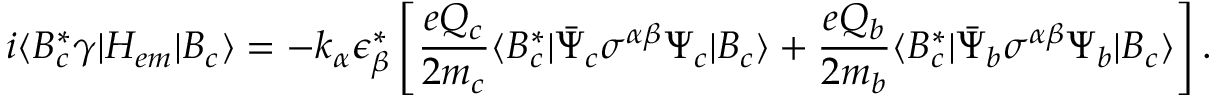
i \langle B _ { c } ^ { * } \gamma | H _ { e m } | B _ { c } \rangle = - k _ { \alpha } \epsilon _ { \beta } ^ { * } \left[ \frac { e Q _ { c } } { 2 m _ { c } } \langle B _ { c } ^ { * } | \bar { \Psi } _ { c } { \sigma } ^ { \alpha \beta } \Psi _ { c } | B _ { c } \rangle + \frac { e Q _ { b } } { 2 m _ { b } } \langle B _ { c } ^ { * } | \bar { \Psi } _ { b } { \sigma } ^ { \alpha \beta } \Psi _ { b } | B _ { c } \rangle \right] .